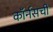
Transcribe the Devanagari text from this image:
कॉर्नसची